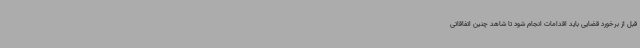
قبل از برخورد قضایی باید اقدامات انجام شود تا شاهد چنین اتفاقاتی